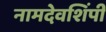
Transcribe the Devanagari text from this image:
नामदेवशिंपी